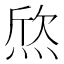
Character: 𤊑